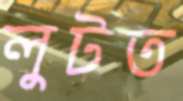
লুটত